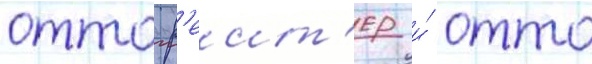
отто р'еит'ер и́ отто